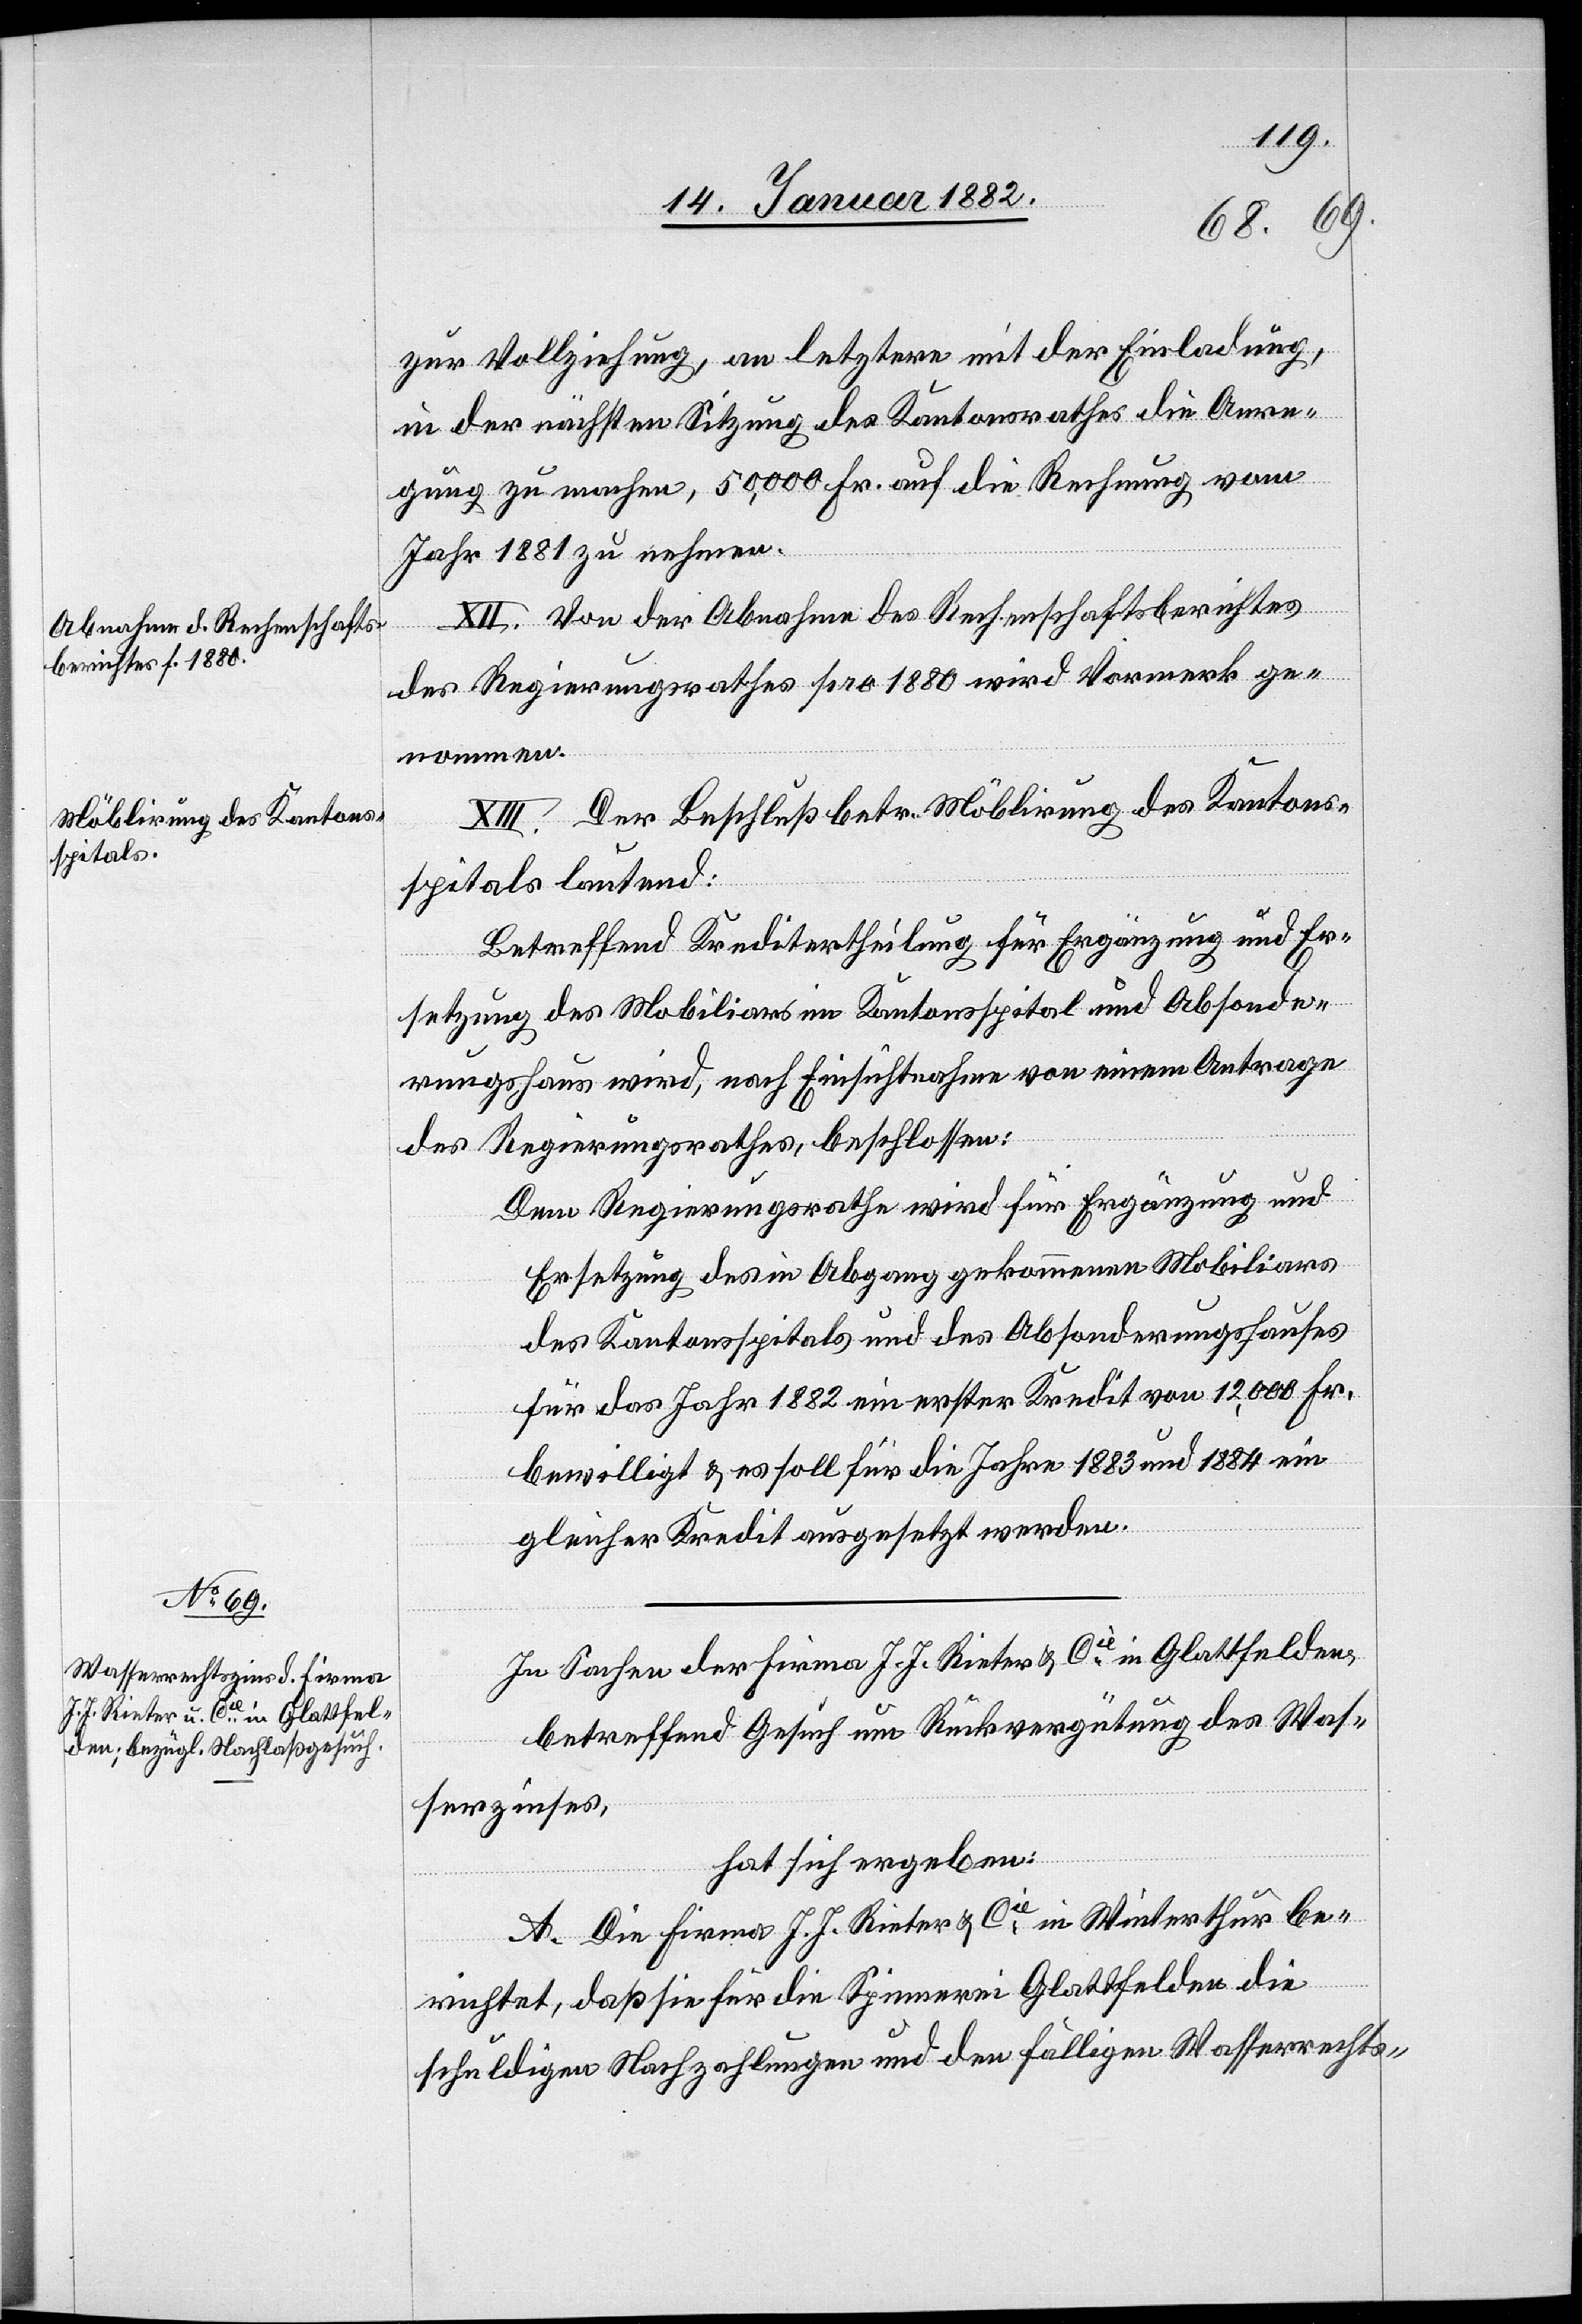
spitals

lautet:
zur Vollziehung, an letztern mit der Einladung,
in der nächsten Sitzung des Kantonsrathes die Anre¬
gung zu machen, 50,000 Fr. auf die Rechnung vom
Jahr 1881 zu nehmen.
XII. Von der Abnahme des Rechenschaftsberichtes
des Regierungsrathes pro 1880 wird Vormerk ge¬
nommen.
XIII. Der Beschluß betr. Möblierung des Kantons¬
Betreffend Kreditertheilung für Ergänzung und Er¬
setzung des Mobiliars im Kantonsspital und Absonde¬
rungshaus wird, nach Einsichtnahme von einem Antrage
des Regierungsrathes, beschlossen:
Dem Regierungsrathe wird für Ergänzung und
Ersetzung des in Abgang gekommenen Mobiliars
des Kantonsspital und des Absonderungshauses
für das Jahr 1882 ein erster Kredit von 12,000 Fr.
bewilligt & es soll für die Jahre 1883 und 1884 ein
gleicher Kredit ausgesetzt werden.
In Sachen der Firma J. J. Rieter & Cie in Glattfelden
betreffend Gesuch um Rückvergütung des Was¬
serzinses,
hat sich ergeben:
A. Die Firma J. J. Rieter & Cie in Winterthur be¬
richtet, daß sie für die Spinnerei Glattfelden die
schuldigen Nachzahlungen und den fälligen Wasserrechts-